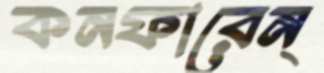
কনফারেন্